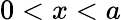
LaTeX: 0<x<a